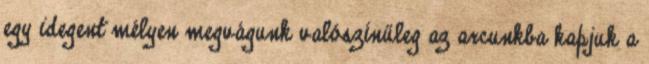
egy idegent mélyen megvágunk valószínűleg az arcunkba kapjuk a